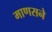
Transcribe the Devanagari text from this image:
माणसने